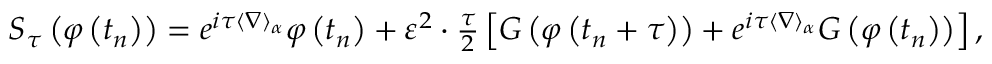
\begin{array} { r } { S _ { \tau } \left( \varphi \left( t _ { n } \right) \right) = e ^ { i \tau \langle \nabla \rangle _ { \alpha } } \varphi \left( t _ { n } \right) + \varepsilon ^ { 2 } \cdot \frac { \tau } { 2 } \left[ G \left( \varphi \left( t _ { n } + \tau \right) \right) + e ^ { i \tau \langle \nabla \rangle _ { \alpha } } G \left( \varphi \left( t _ { n } \right) \right) \right] , } \end{array}